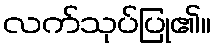
လက်သုပ်ပြု၏။